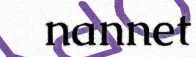
nannet